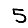
Digit: 5